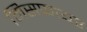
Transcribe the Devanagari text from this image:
मिसफायर